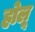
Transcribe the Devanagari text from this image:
होलू